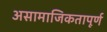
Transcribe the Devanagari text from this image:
असामाजिकतापूर्ण